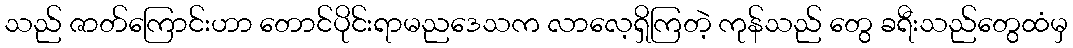
သည် ဇာတ်ကြောင်းဟာ တောင်ပိုင်းရာမညဒေသက လာလေ့ရှိကြတဲ့ ကုန်သည် တွေ ခရီးသည်တွေထံမှ